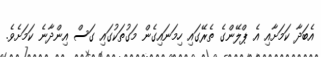
އެބަދާ ކަމަށާއި އެ ޕްލޭންގެ ތެރޭގައި ހިމަނައިގެން މަގުތަކުގައި ގަސް އިންދާނެ ކަމަށެވެ.